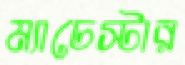
ম্যাচেস্টার